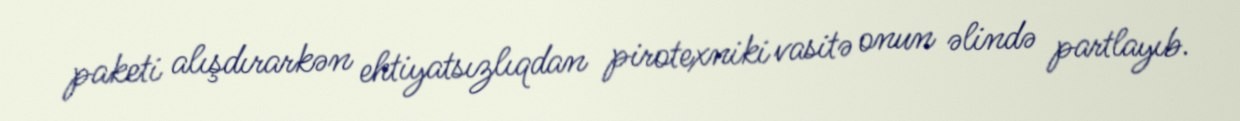
paketi alışdırarkən ehtiyatsızlıqdan pirotexniki vasitə onun əlində partlayıb.